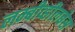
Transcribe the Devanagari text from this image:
लम्बीव्हीलबेस